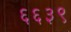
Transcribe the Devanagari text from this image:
६६३९